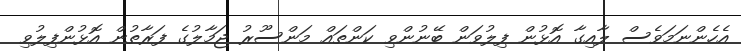
އެހެންނަމަވެސް ލާއިގާ އޮޅުން ފިލުވަން ބޭނުންވި ކަންތައް މަންސޫރު ޖަމާލުގެ ފަރާތުން އޮޅުންފިލުވި